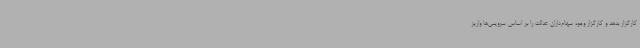
کارگزار بدهد و کارگزار وجوه سهام‌داران عدالت را بر اساس سرویس‌ها واریز